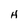
Character: H